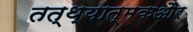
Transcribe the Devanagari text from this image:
तत्थ्यात्मकऔर